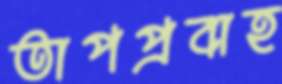
তাপপ্রবাহ